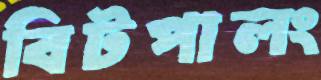
বিটপালং